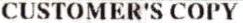
CUSTOMER'S COPY